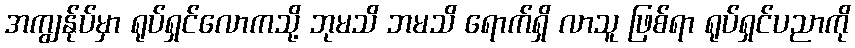
အကျွန်ုပ်မှာ ရုပ်ရှင်လောကသို့ ဘုမသိ ဘမသိ ရောက်ရှိ လာသူ ဖြစ်ရာ ရုပ်ရှင်ပညာကို